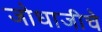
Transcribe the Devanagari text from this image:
जोधाजीचे